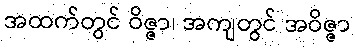
အထက်တွင် ဝိဇ္ဇာ၊ အကျတွင် အဝိဇ္ဇာ